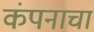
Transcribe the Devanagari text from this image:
कंपनाचा